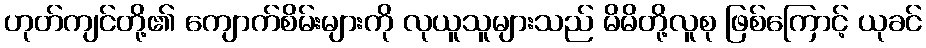
ဟုတ်ကျင်တို့၏ ကျောက်စိမ်းများကို လုယူသူများသည် မိမိတို့လူစု ဖြစ်ကြောင့် ယုခင်